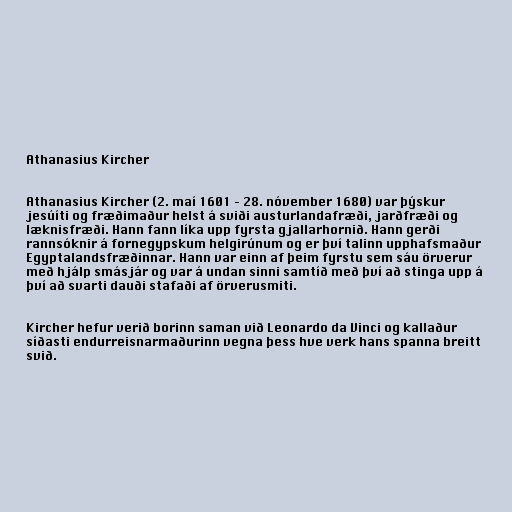
Athanasius Kircher

Athanasius Kircher (2. maí 1601 – 28. nóvember 1680) var þýskur
jesúíti og fræðimaður helst á sviði austurlandafræði, jarðfræði og
læknisfræði. Hann fann líka upp fyrsta gjallarhornið. Hann gerði
rannsóknir á fornegypskum helgirúnum og er því talinn upphafsmaður
Egyptalandsfræðinnar. Hann var einn af þeim fyrstu sem sáu örverur
með hjálp smásjár og var á undan sinni samtíð með því að stinga upp á
því að svarti dauði stafaði af örverusmiti.

Kircher hefur verið borinn saman við Leonardo da Vinci og kallaður
síðasti endurreisnarmaðurinn vegna þess hve verk hans spanna breitt
svið.